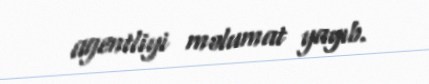
agentliyi məlumat yayıb.